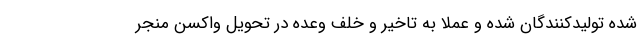
شده تولیدکنندگان شده و عملا به تاخیر و خلف وعده در تحویل واکسن منجر